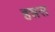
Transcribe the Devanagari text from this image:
हन्नस